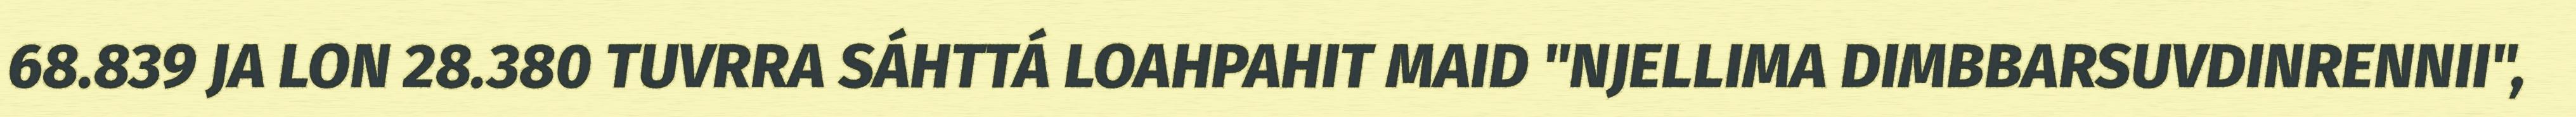
68.839 JA LON 28.380 TUVRRA SÁHTTÁ LOAHPAHIT MAID "NJELLIMA DIMBBARSUVDINRENNII",